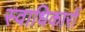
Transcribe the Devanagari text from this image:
स्वाधिकारों